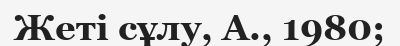
Жеті сұлу, А., 1980;